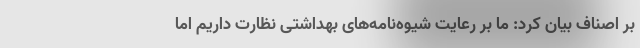
بر اصناف بیان کرد: ما بر رعایت شیوه‌نامه‌های بهداشتی نظارت داریم اما